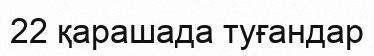
22 қарашада туғандар